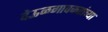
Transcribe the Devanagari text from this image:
देऊळगावकरांच्या